Lunatic asylums in Bengal annual reports 1888-1898 - 1888-1898
Year: 1888
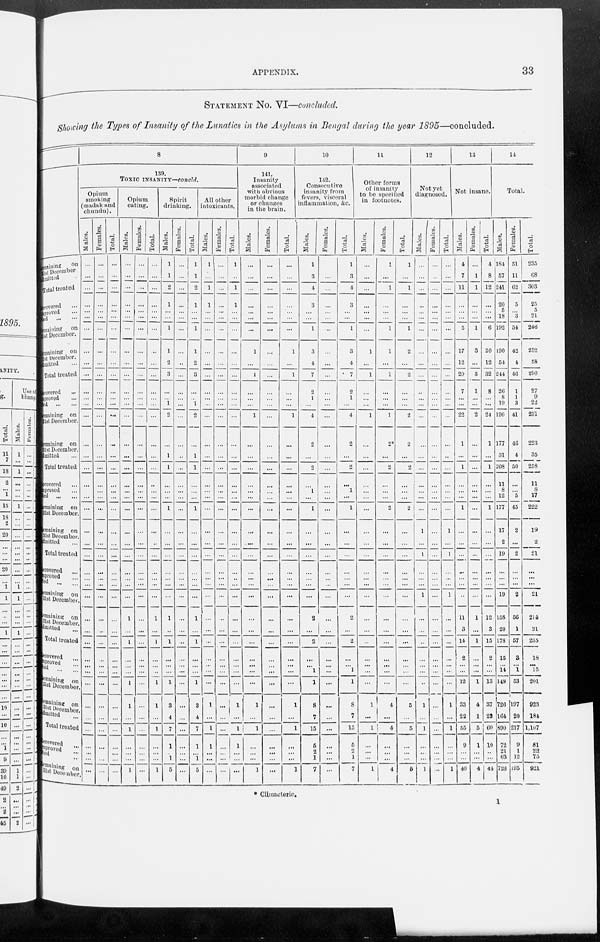
APPENDIX.
33
STATEMENT NO. VI—concluded.
Showing the Types of Insanity of the Lunatics in the Asylums in Bengal during the year 1895—concluded.
Remaining on
31st December
Admitted
Total treated
Recovered
Improved
Died
Remaining
on
31st December.
Remaining on
31st December.
Admitted
Total treated
Recovered
Improved
Di ed
Remaining on
31st December.
Remaining on
31st December.
Admitted
Total treated
Recovered
Improved
Di ed
.
Remaining on
31st December.
Remaining on
31st December.
Admitted
Total treated
Recovered
Improved
Died
Remaining on
31st December.
Remaining on
31st December.
Admitted
Total treated
Recovered
Improved
Died
Remaining on
31st December.
Remaining on
31st December
Admitted
Total treated
Recovered
Improved
Died ...
Remaining on
31st December
8
139.
TOXIC INSANITY—concld.
Opium
smoking
(madak and
chundu).
Males.
...
...
...
...
...
...
...
...
...
...
...
...
...
...
...
...
...
...
...
...
...
...
...
...
...
...
...
...
...
...
...
...
...
...
...
...
...
...
...
...
...
...
Females.
...
...
...
...
...
...
...
...
...
...
...
...
...
...
...
...
...
...
...
...
...
...
...
...
...
...
...
...
...
...
...
...
...
...
...
...
...
...
...
...
...
...
Total.
...
...
...
...
...
...
...
...
...
...
...
...
...
...
...
...
...
...
...
...
...
...
...
...
...
...
...
...
...
...
...
...
...
...
...
...
...
...
...
...
...
...
Opium
eating.
Males.
...
...
...
...
...
...
...
...
...
...
...
...
...
...
...
...
...
...
...
...
...
...
...
...
...
...
...
...
1
...
1
...
...
...
1
1
...
1
...
...
...
1
Females.
...
...
...
...
...
...
...
...
...
...
...
...
...
...
...
...
...
...
...
...
...
...
...
...
...
...
...
...
...
...
...
...
...
...
...
...
...
...
...
...
...
...
Total.
...
...
...
...
...
...
...
...
...
...
...
...
...
...
...
...
...
...
...
...
...
...
...
...
...
...
...
...
1
...
1
...
...
...
1
1
...
1
...
...
...
1
Spirit
drinking.
Males.
1
1
2
1
...
...
1
1
2
3
...
...
1
2
...
1
1
...
...
...
1
...
...
...
...
...
...
...
1
..
1
...
...
...
1
3
4
7
1
...
1
5
Females.
...
...
...
...
...
...
...
...
..
...
...
...
...
...
...
...
...
...
...
...
...
...
...
...
...
...
...
...
...
...
...
...
...
...
...
...
...
...
...
...
...
...
Total.
1
1
2
1
...
...
1
1
2
3
...
...
1
2
...
1
1
...
...
...
1
...
...
...
...
...
...
...
1
...
1
...
...
...
1
3
4
7
1
...
1
5
All other
intoxicants.
Males.
1
...
1
1
...
...
...
...
...
...
...
...
...
...
...
...
...
...
...
...
...
...
...
...
...
...
...
...
...
...
...
...
...
...
...
1
...
1
1
...
...
...
Females.
...
...
...
...
...
...
...
...
...
...
...
...
...
...
...
...
...
...
...
...
...
...
...
...
...
...
...
...
...
...
...
...
...
...
...
...
...
...
...
...
...
...
Total.
1
...
1
1
...
...
...
...
...
...
...
...
...
...
...
...
...
...
...
...
...
...
...
...
...
...
...
...
...
...
...
...
...
...
...
1
...
1
1
...
...
...
9
141.
Insanity
associated
with obvious
morbid change
or changes
in the bruin.
Males.
...
...
...
...
...
...
...
1
...
1
...
...
...
1
...
...
...
...
...
...
...
...
...
...
...
...
...
...
...
...
...
...
...
...
...
1
...
1
...
...
...
1
Females.
...
...
...
...
...
...
...
...
...
...
...
...
...
...
...
...
...
...
...
...
...
...
...
...
...
...
...
...
...
...
...
...
...
...
...
...
...
...
...
...
...
...
Total.
...
...
...
...
...
...
1
...
1
...
...
...
1
...
...
...
...
...
...
...
...
...
...
...
...
...
...
...
...
...
...
...
...
...
1
...
1
...
...
...
1
10
142.
Consecutive
insanity from
fevers, visceral
inflammation, &c.
Males.
1
3
4
3
...
...
1
3
4
7
2
1
...
4
2
...
2
...
1
...
1
...
...
...
...
...
...
...
2
...
2
...
...
1
1
8
7
15
6
2
1
7
Females.
...
...
...
...
...
...
...
...
...
...
...
...
...
...
...
...
...
...
...
...
...
...
...
...
...
...
...
...
...
...
...
...
...
...
...
...
...
...
...
...
...
...
Total.
1
3
4
3
...
...
1
3
4
7
2
1
...
4
2
...
2
...
1
...
1
...
...
...
...
...
...
...
2
...
...
...
...
1
1
8
7
15
5
2
1
7
11
Other forms
of insanity
to be specified
in footnotes.
Males.
...
...
...
...
...
...
...
1
...
1
...
1
...
...
...
...
...
...
...
...
...
...
...
...
...
...
...
...
...
...
...
...
...
1
...
1
...
...
...
1
Females.
1
...
1
...
...
1
1
...
1
...
...
...
1
2*
...
2
...
...
...
2
...
...
...
...
...
...
...
...
...
...
...
...
...
...
4
...
4
...
...
...
4
Total.
1
...
1
...
...
...
1
2
...
2
...
...
...
2
2
...
2
...
...
...
2
...
...
...
...
...
...
...
...
...
...
...
...
...
5
...
5
...
...
6
12
Not yet
diagnosed.
Males.
...
...
...
...
...
...
...
...
...
...
...
...
...
...
...
...
...
...
...
...
...
1
...
1
...
...
...
1
...
...
...
...
...
...
...
1
...
1
...
...
...
1
Females.
...
...
...
...
...
...
...
...
...
...
...
...
...
...
...
...
...
...
...
...
...
...
...
...
...
...
...
...
...
...
...
...
...
...
...
...
...
...
...
Total.
...
...
...
...
...
...
...
...
...
...
...
...
...
..
...
...
...
...
1
...
l
...
...
...
1
...
...
...
...
...
1
...
1
...
...
1
13
Not insane.
Males.
4
7
11
...
...
...
5
17
12
29
7
...
...
22
1
...
1
...
...
1
...
...
...
...
...
...
...
11
3
14
2
...
...
12
33
22
55
9
...
...
40
Females.
...
1
1
...
...
1
3
...
3
1
...
...
2
...
...
...
...
...
...
...
...
...
...
...
...
...
1
...
1
...
...
...
1
4
1
5
1
...
...
4
Total.
4
8
12
...
...
6
20
12
32
8
...
...
24
1
...
1
...
...
1
...
...
...
...
...
...
12
3
15
2
...
...
13
37
23
60
10
...
44
14
Total.
Males.
184
57
241
20
5
18
192
190
54
244
26
8
19
190
177
31
208
11
8
12
177
17
2
19
...
...
...
19
158
20
178
15
...
14
148
726
164
890
72
21
63
723
Females.
51
11
62
5
...
3
54
42
4
46
1
1
3
41
46
4
50
...
...
5
45
2
...
2
...
...
...
2
56
1
57
3
...
1
53
197
20
217
9
1
12
195
Total.
235
68
303
25
5
21
246
232
58
290
27
9
22
231
223
35
258
11
8
17
222
19
2
21
...
...
...
21
214
21
235
18
...
15
201
923
184
1,107
81
22
75
921
* Climaeteric.
1